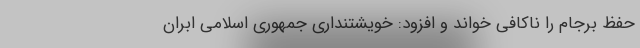
حفظ برجام را ناکافی خواند و افزود: خویشتنداری جمهوری اسلامی ابران